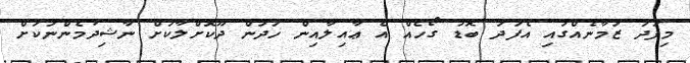
މިފަދަ ޒަމާނެއްގައި އެފަދަ ބޮޑު ގޯހެއް އެ ޢާއިލާއިން ހަދަން ދޫކޮށްލާކަށް ނާޝިދުމެންނަކަށް